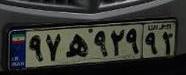
۹۷ه۹۲۹۹۱